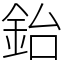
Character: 鈶